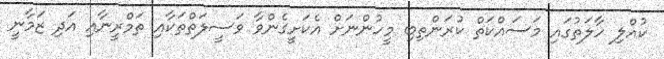
ކުއްލި ހާލަތުގައި މަސައްކަތް ކުރަންތިބި މީހުންނަށް އެކަށީގެންވާ ވަސީލަތްތަކާއި ތަމްރީނާއި އަދި ޒަމާނީ